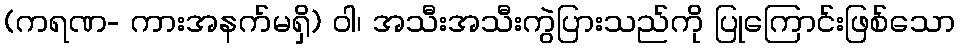
(ကရဏ- ကားအနက်မရှိ) ဝါ၊ အသီးအသီးကွဲပြားသည်ကို ပြုကြောင်းဖြစ်သော